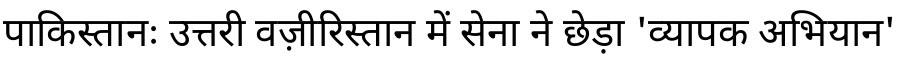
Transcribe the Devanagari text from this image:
पाकिस्तानः उत्तरी वज़ीरिस्तान में सेना ने छेड़ा 'व्यापक अभियान'